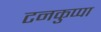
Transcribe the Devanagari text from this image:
टनकुप्पा